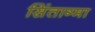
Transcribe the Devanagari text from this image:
सिंताग्मा